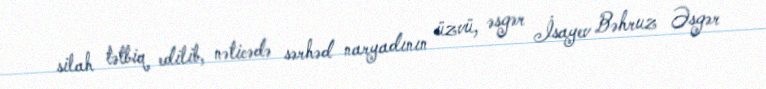
silah tətbiq edilib, nəticədə sərhəd naryadının üzvü, əsgər İsayev Bəhruz Əsgər